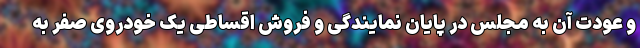
و عودت آن به مجلس در پایان نمایندگی و فروش اقساطی یک خودروی صفر به